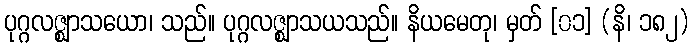
ပုဂ္ဂလဇ္ဈာသယော၊ သည်။ ပုဂ္ဂလဇ္ဈာသယသည်။ နိယမေတု၊ မှတ် [၀၁] (နိ၊ ၁၈၂)